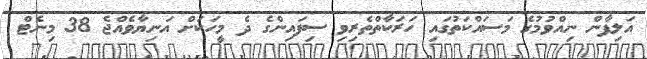
އަލިފާން ނިއްވުމުގެ މަސައްކަތުގައި ހަރަކާތްތެރިވި ސިފައިންގެ ދެ މީހަކަށް އަނިޔާވެއްޖެ 38 މިނެޓް